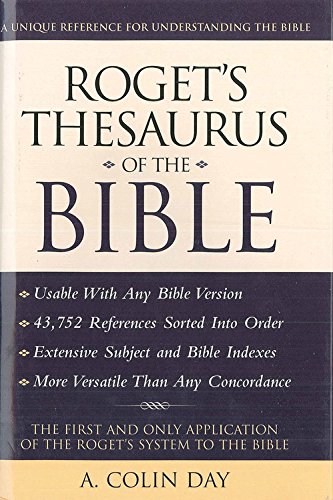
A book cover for Roget's Thesaurus of the Bible; A. Colin Day; Reference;